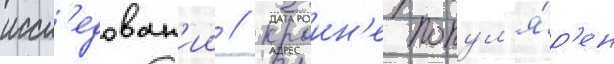
иссл'едован'ии // Краин'е попул'я́р'ен